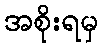
အစိုးရမှ